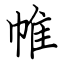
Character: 帷